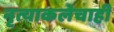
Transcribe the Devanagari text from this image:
नृत्याकलेचाही